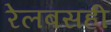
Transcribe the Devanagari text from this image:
रेलबसही